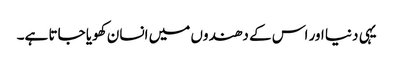
یہی دنیا اور اس کے دھندوں میں انسان کھویا جاتا ہے۔